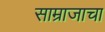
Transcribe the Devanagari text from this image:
साम्राजाचा